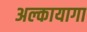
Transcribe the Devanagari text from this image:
अल्कायागा